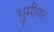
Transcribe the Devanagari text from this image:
भुमीगत